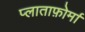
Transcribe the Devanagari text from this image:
प्लाताफ़ोर्मा